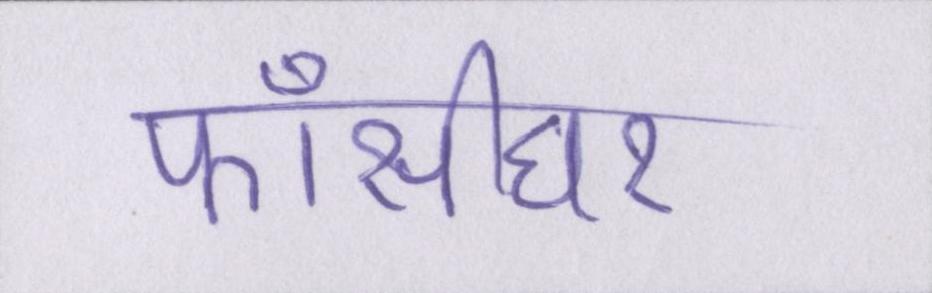
फाँसीघर